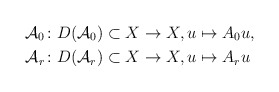
\begin{align*} \mathcal{A}_{0} \colon D(\mathcal{A}_{0}) \subset X &\to X, u \mapsto A_{0} u, \\ \mathcal{A}_{r} \colon D(\mathcal{A}_{r}) \subset X &\to X, u \mapsto A_{r} u \end{align*}